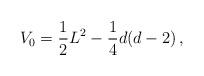
LaTeX: \begin{align*}V_0=\frac{1}{2} L^2- \frac{1}{4} d(d-2)\, ,\end{align*}